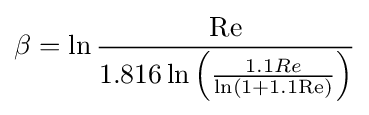
\beta =\ln {\frac {\mathrm {Re} }{1.816\ln \left({\frac {1.1Re}{\ln \left(1+1.1\mathrm {Re} \right)}}\right)}}